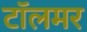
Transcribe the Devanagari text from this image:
टॉलमर